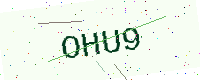
Text: OHU9